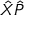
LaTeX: { \hat { X } } { \hat { P } }